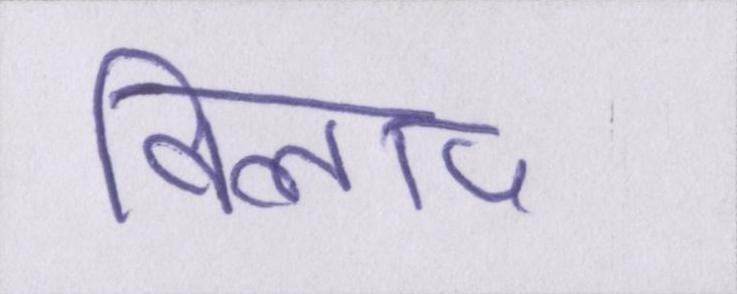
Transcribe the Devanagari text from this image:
विलाप